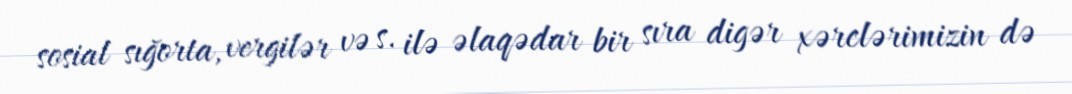
sosial sığorta, vergilər və s. ilə əlaqədar bir sıra digər xərclərimizin də